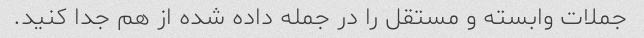
جملات وابسته و مستقل را در جمله داده شده از هم جدا کنید.